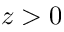
z > 0